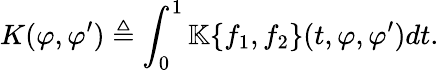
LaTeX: K(\varphi,\varphi^{\prime})\triangleq\int_{0}^{1}\mathbb{K}\{ f_{1},f_{2}\} (t,\varphi,\varphi^{\prime})dt.